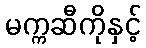
မက္ကဆီကိုနှင့်